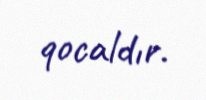
qocaldır.